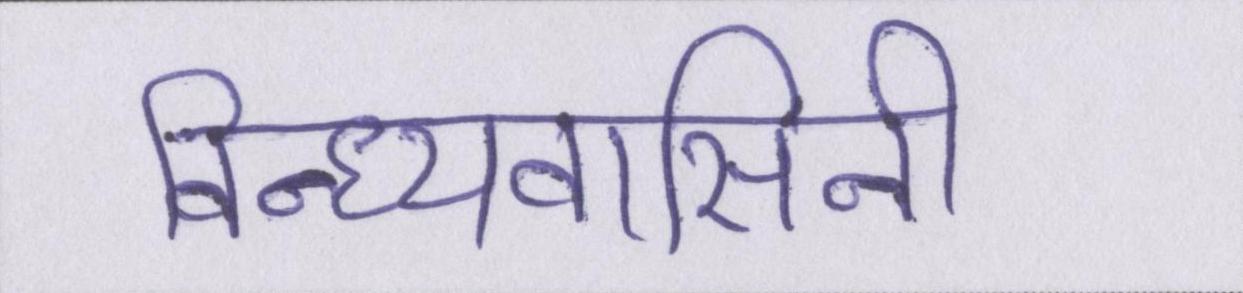
विन्ध्यवासिनी